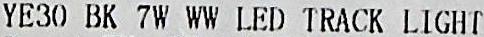
YE30 BK 7W WW LED TRACK LIGHT